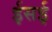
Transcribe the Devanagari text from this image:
ईसई